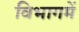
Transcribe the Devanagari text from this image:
विभागमें